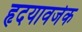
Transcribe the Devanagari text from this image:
हृदयावर्जक